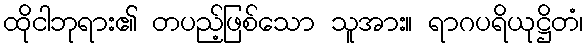
ထိုငါဘုရား၏ တပည့်ဖြစ်သော သူအား။ ရာဂပရိယုဋ္ဌိတံ၊